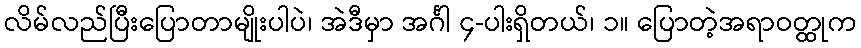
လိမ်လည်ပြီးပြောတာမျိုးပါပဲ၊ အဲဒီမှာ အင်္ဂါ ၄-ပါးရှိတယ်၊ ၁။ ပြောတဲ့အရာဝတ္ထုက